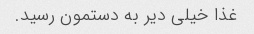
غذا خیلی دیر به دستمون رسید.